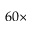
6 0 \times